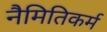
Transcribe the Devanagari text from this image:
नैमितिकर्म